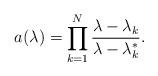
LaTeX: \begin{align*}a(\lambda) = \prod_{k=1}^N\frac{\lambda-\lambda_k}{\lambda-\lambda_k^*}.\end{align*}